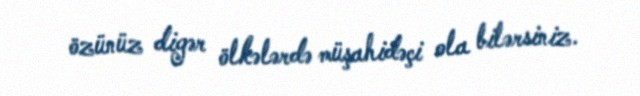
özünüz digər ölkələrdə müşahidəçi ola bilərsiniz.